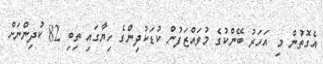
އެގޮތުން މި އަހަރު ބޭންކުގެ މުވައްޒަފުން ކުޑަކުދިންގެ ހިޔާގައި ތިބި 82 ކުދިންނަށް